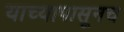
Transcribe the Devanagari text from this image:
याच्यापासूनच